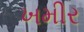
ખમીર